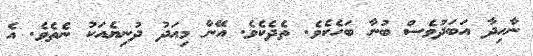
ނާހިދާ އަބަދުވެސް ބުނާ ބަހެކެވެ. ތެދެކެވެ. އޭނާ މިއަދު ދުނިޔެއަކު ނެތެވެ. އެ